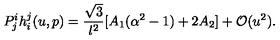
P _ { j } ^ { i } h _ { i } ^ { j } ( u , p ) = \frac { \sqrt { 3 } } { l ^ { 2 } } [ A _ { 1 } ( \alpha ^ { 2 } - 1 ) + 2 A _ { 2 } ] + \mathcal { O } ( u ^ { 2 } ) .